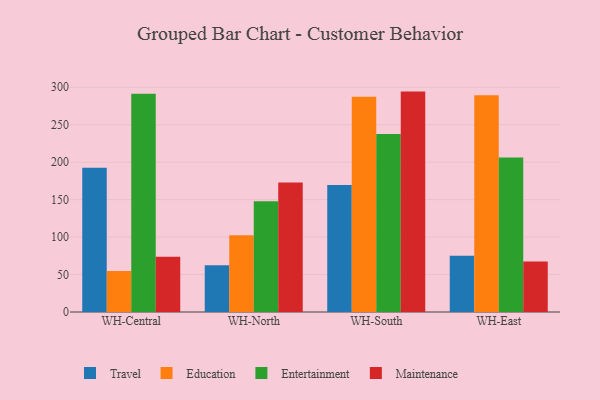
{"axis": {"x": "Warehouse", "y": "Production Output"}, "legend": ["Education", "Entertainment", "Maintenance", "Travel"], "data": [{"x": "WH-Central", "y": 192.4, "type": "Travel"}, {"x": "WH-Central", "y": 54.8, "type": "Education"}, {"x": "WH-Central", "y": 291.2, "type": "Entertainment"}, {"x": "WH-Central", "y": 73.9, "type": "Maintenance"}, {"x": "WH-North", "y": 62.3, "type": "Travel"}, {"x": "WH-North", "y": 102.5, "type": "Education"}, {"x": "WH-North", "y": 147.8, "type": "Entertainment"}, {"x": "WH-North", "y": 172.7, "type": "Maintenance"}, {"x": "WH-South", "y": 169.5, "type": "Travel"}, {"x": "WH-South", "y": 287.3, "type": "Education"}, {"x": "WH-South", "y": 237.5, "type": "Entertainment"}, {"x": "WH-South", "y": 294.2, "type": "Maintenance"}, {"x": "WH-East", "y": 75.1, "type": "Travel"}, {"x": "WH-East", "y": 289.3, "type": "Education"}, {"x": "WH-East", "y": 206.4, "type": "Entertainment"}, {"x": "WH-East", "y": 67.5, "type": "Maintenance"}]}